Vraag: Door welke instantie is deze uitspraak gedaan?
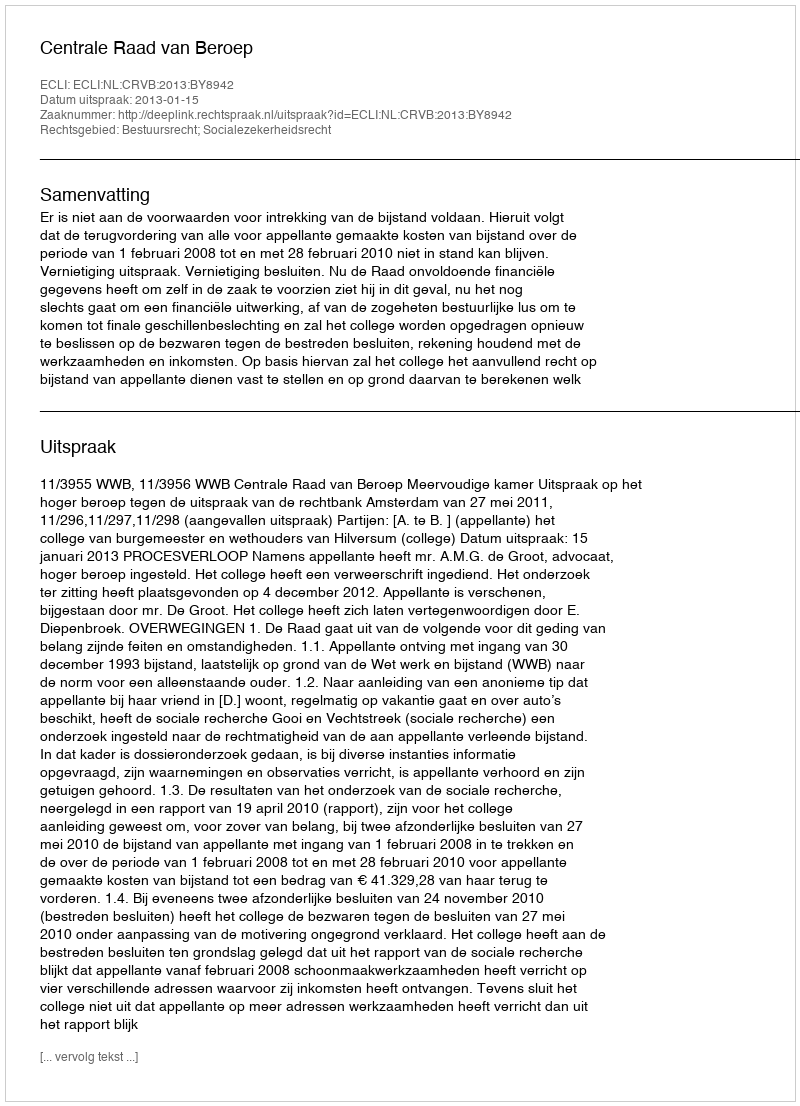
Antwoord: Centrale Raad van Beroep